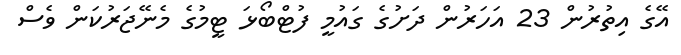
އޭގެ އިތުރުން 23 އަހަރުން ދަށުގެ ގައުމީ ފުޓްބޯޅަ ޓީމުގެ މެނޭޖަރުކަން ވެސް